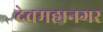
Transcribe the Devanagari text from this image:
देवमहानगर